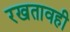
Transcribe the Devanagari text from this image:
रखतावही